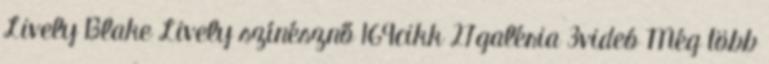
Lively Blake Lively színésznő 169cikk 27galéria 3videó Még több